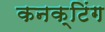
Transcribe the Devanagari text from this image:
कनक्टिंग